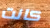
كانت